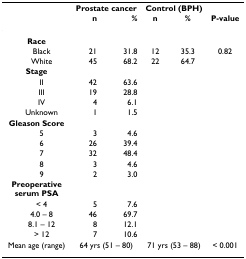
|  | <COLSPAN=2> Prostate cancer | <COLSPAN=2> Control (BPH) |  |
 |  | n | % | n | % | P-value |
 | --- | --- | --- | --- | --- | --- |
 | Race |  |  |  |  |  |
 | Black | 21 | 31.8 | 12 | 35.3 | 0.82 |
 | White | 45 | 68.2 | 22 | 64.7 |  |
 | Stage |  |  |  |  |  |
 | II | 42 | 63.6 |  |  |  |
 | III | 19 | 28.8 |  |  |  |
 | IV | 4 | 6.1 |  |  |  |
 | Unknown | 1 | 1.5 |  |  |  |
 | Gleason Score |  |  |  |  |  |
 | 5 | 3 | 4.6 |  |  |  |
 | 6 | 26 | 39.4 |  |  |  |
 | 7 | 32 | 48.4 |  |  |  |
 | 8 | 3 | 4.6 |  |  |  |
 | 9 | 2 | 3.0 |  |  |  |
 | Preoperative serum PSA |  |  |  |  |  |
 | < 4 | 5 | 7.6 |  |  |  |
 | 4.0 – 8 | 46 | 69.7 |  |  |  |
 | 8.1 – 12 | 8 | 12.1 |  |  |  |
 | > 12 | 7 | 10.6 |  |  |  |
 | Mean age (range) | <COLSPAN=2> 64 yrs (51 – 80) | <COLSPAN=2> 71 yrs (53 – 88) | < 0.001 |